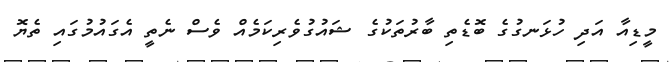
މީޑިއާ އަދި ހުޅަނގުގެ ބޮޑެތި ބާރުތަކުގެ ޝައުގުވެރިކަމެއް ވެސް ނެތީ އެގައުމުގައި ތެޔޮ